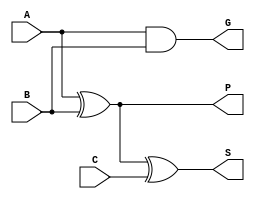
`timescale 1ns / 1ps

// Partial full adder
module pfull_adder(A, B, C, G, P, S);
    input A, B, C;
    output G, P, S;
    
    and a1(G, A, B); // Generate
    xor x1(P, A, B); // Propogate
    xor x2(S, P, C); // Sum
endmodule

// Carry LookAhead Logic (4 bit)
module CLA(Cin, P, G, Cout);
    input [3:0] P, G;
    input Cin;
    output [3:0] Cout;
    
    assign Cout[0] = G[0] | P[0]&Cin;
    assign Cout[1] = G[1] | P[1]&Cout[0]; // Simplification of equations
    assign Cout[2] = G[2] | P[2]&Cout[1];
    assign Cout[3] = G[3] | P[3]&Cout[2];
endmodule

// Carry LookAhead Adder (4 bit)
module CLAA_4bit(Cin, A, B, Cout, S, Gg, Pg);
    input [3:0] A, B;
    input Cin;
    output [3:0] S;
    output Cout;
    output Gg, Pg;
    
    wire [3:0] G, P, C, pS; // Generate, Propagate, Carry, and partial-Sum
    assign Cout = C[3]; // Carry out is last carry of CLA_logic
    
    // Partial full adders. Sums are unused
    pfull_adder p0(A[0], B[0], Cin, G[0], P[0], pS[0]);
    pfull_adder p1(A[1], B[1], C[0], G[1], P[1], pS[1]);
    pfull_adder p2(A[2], B[2], C[1], G[2], P[2], pS[2]);
    pfull_adder p3(A[3], B[3], C[2], G[3], P[3], pS[3]);
    
    // CLA logic
    CLA c1(Cin, P, G, C);
    
    // Sum logic
    assign S[0] = P[0] ^ Cin;
    assign S[1] = P[1] ^ C[0];
    assign S[2] = P[2] ^ C[1];
    assign S[3] = P[3] ^ C[2];
    
    // Propagate and Generation bits for daisy-chaining purposes
    assign Gg = G[3] | P[3]&G[2] | P[3]&P[2]&G[1] | P[3]&P[2]&P[1]&G[0];
    assign Pg = P[3]&P[2]&P[1]&P[0];
endmodule

// Carry LookAhead Adder (16 bit)
module CLAA_16bit(Cin, A, B, Cout, S);
    input [15:0] A, B;
    input Cin;
    output [15:0] S;
    output Cout;
    
    wire [3:0] Pg, Gg, Couts, dCouts; // Carry outs, dummyCouts, rop. and Gen. bits between modules
    assign Cout = Couts[3]; // Carry out is final cout from 4 bit modules
    
    // 4 bit modules
    CLAA_4bit add0(Cin, A[3:0], B[3:0], dCouts[0], S[3:0], Gg[0], Pg[0]);
    CLAA_4bit add1(Couts[0], A[7:4], B[7:4], dCouts[1], S[7:4], Gg[1], Pg[1]);
    CLAA_4bit add2(Couts[1], A[11:8], B[11:8], dCouts[2], S[11:8], Gg[2], Pg[2]);
    CLAA_4bit add3(Couts[2], A[15:12], B[15:12], dCouts[3], S[15:12], Gg[3], Pg[3]);
    
    // CLA logic
    CLA c1(Cin, Pg, Gg, Couts);
endmodule